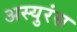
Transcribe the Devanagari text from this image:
अस्युरंस